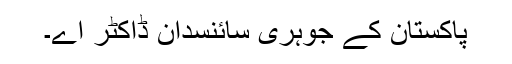
پاکستان کے جوہری سائنسدان ڈاکٹر اے۔